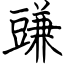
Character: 豏